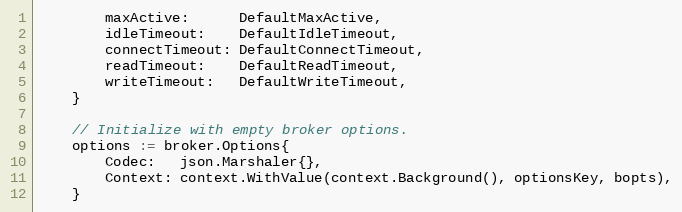
Language: Go
		maxActive:      DefaultMaxActive,
		idleTimeout:    DefaultIdleTimeout,
		connectTimeout: DefaultConnectTimeout,
		readTimeout:    DefaultReadTimeout,
		writeTimeout:   DefaultWriteTimeout,
	}

	// Initialize with empty broker options.
	options := broker.Options{
		Codec:   json.Marshaler{},
		Context: context.WithValue(context.Background(), optionsKey, bopts),
	}